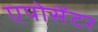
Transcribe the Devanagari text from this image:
एपोसेंटर